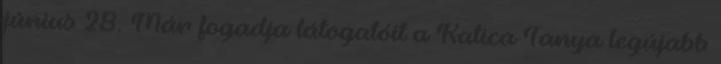
június 28. Már fogadja látogatóit a Katica Tanya legújabb